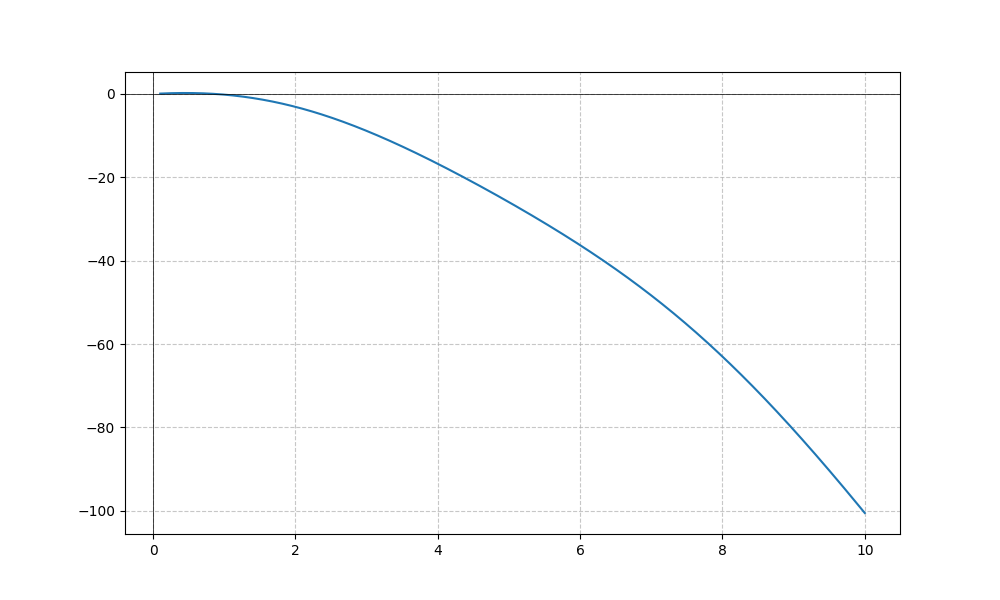
LaTeX formula: - x^{2} + \sin{\left(x \right)}